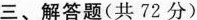
三、解答题(共72分)